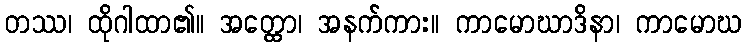
တဿ၊ ထိုဂါထာ၏။ အတ္ထော၊ အနက်ကား။ ကာမောဃာဒိနာ၊ ကာမောဃ